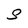
Character: s